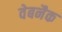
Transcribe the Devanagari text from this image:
वेबनैक